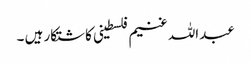
عبداللہ غنیم فلسطینی کاشتکار ہیں ۔